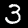
Label: 3